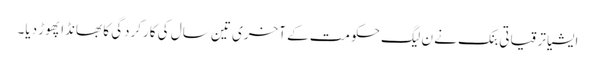
ایشیا ترقیاتی بنک نے ن لیگ حکومت کے آخری تین سال کی کارکردگی کا بھانڈا پھوڑ دیا۔